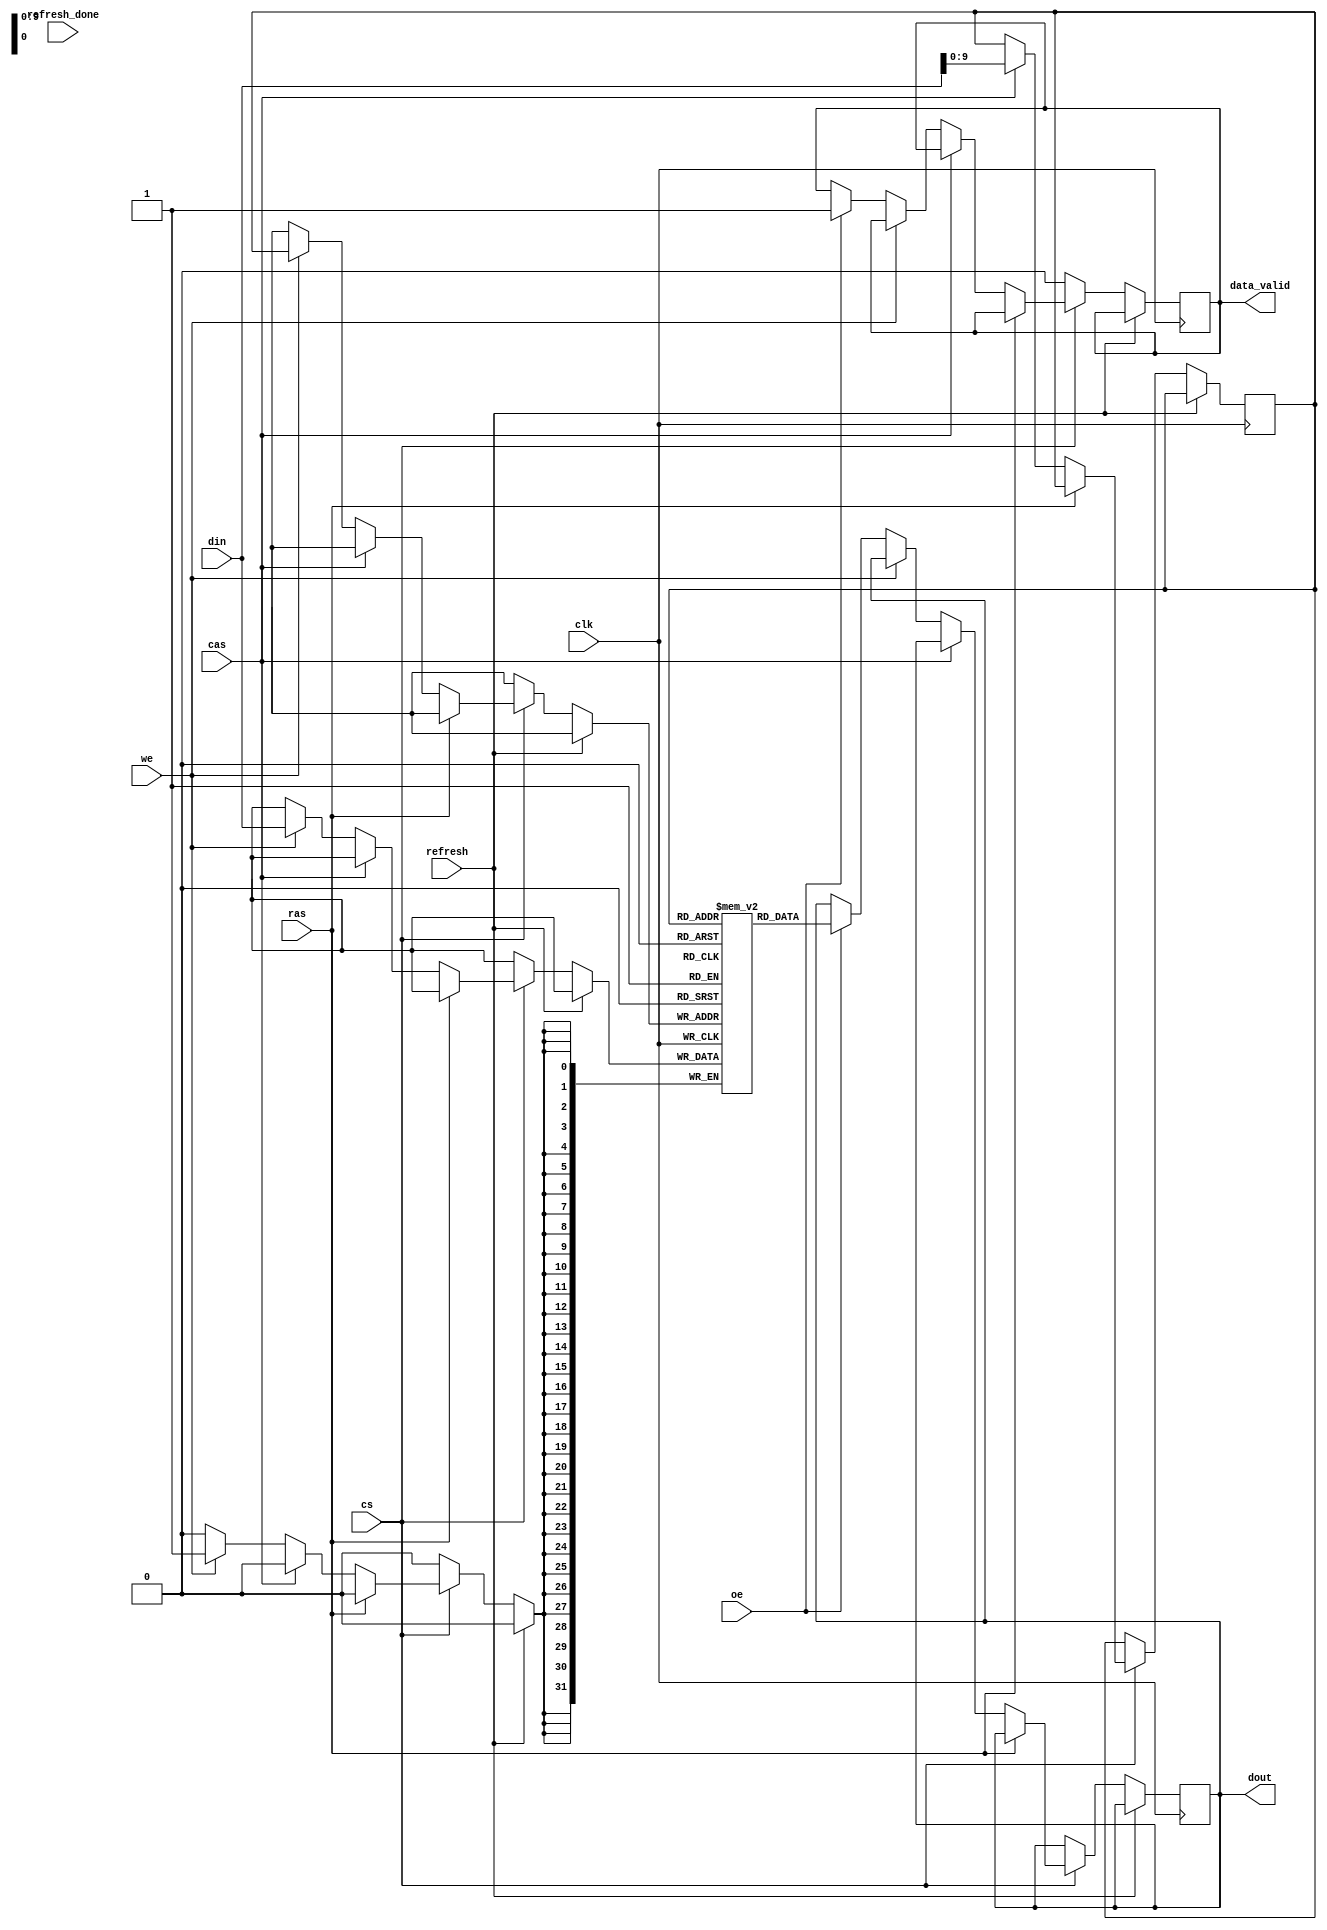
module sdram_io_block (
    input wire clk,          // Clock signal
    input wire cs,           // Chip Select
    input wire ras,          // Row Address Strobe
    input wire cas,          // Column Address Strobe
    input wire we,           // Write Enable
    input wire oe,           // Output Enable
    input wire[31:0] din,    // Data input from controller
    output reg[31:0] dout,    // Data output to controller
    output reg data_valid,    // Data valid signal
    input wire refresh,       // Refresh signal
    input wire refresh_done   // Signal to indicate refresh completion
);

    reg[31:0] memory_array[0:1023];  // Example memory array of 1024 words
    reg[9:0] row_addr;                // Row address
    reg[9:0] col_addr;                // Column address
    reg reading;                      // State flag for reading
    reg writing;                      // State flag for writing

    // State machine for basic operations
    always @(posedge clk) begin
        if (refresh) begin
            // Handle refresh logic
            // Enter refresh mode; for simplicity, we just toggle a flag
            // In a real design, implement row refresh logic and timing control
        end else if (cs) begin
            if (ras) begin
                // Handle row addressing
                row_addr <= din[9:0];  // Assuming lower 10 bits are the row address
            end else if (cas) begin
                // Handle column addressing
                col_addr <= din[9:0];  // Assuming lower 10 bits are the column address
            end else if (we) begin
                // Write operation
                memory_array[{row_addr, col_addr}] <= din; // Write data to memory
                writing <= 1;
            end else if (oe) begin
                // Read operation
                dout <= memory_array[{row_addr, col_addr}]; // Read data from memory
                data_valid <= 1; // Data is valid
                reading <= 1;
            end
        end else begin
            // Reset valid signals
            data_valid <= 0;
            reading <= 0;
            writing <= 0;
        end
    end

    // Additional logic for managing refresh timing and other functions would go here.
    
endmodule